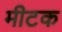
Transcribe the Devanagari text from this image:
मीटक